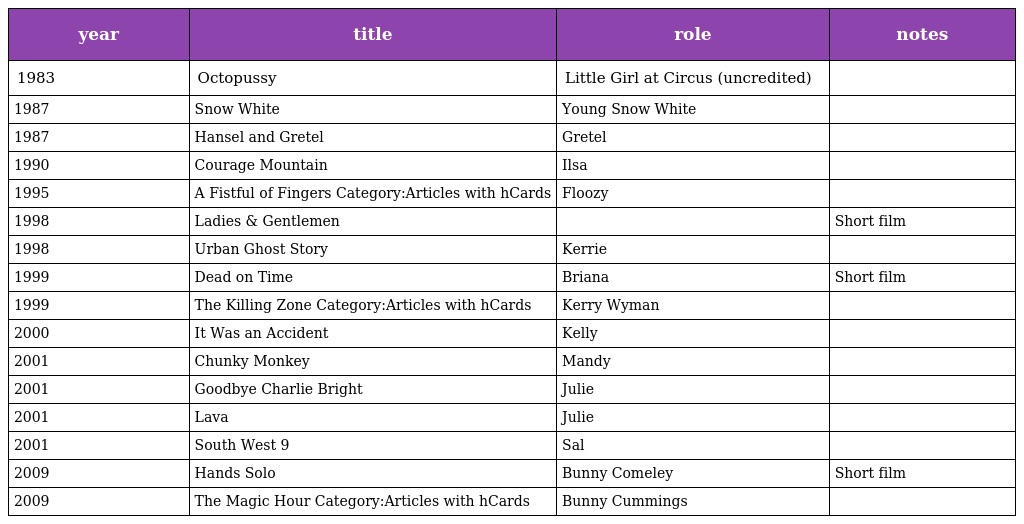
| year | title | role | notes |
 | --- | --- | --- | --- |
 | 1983 | Octopussy | Little Girl at Circus (uncredited) |  |
 | 1987 | Snow White | Young Snow White |  |
 | 1987 | Hansel and Gretel | Gretel |  |
 | 1990 | Courage Mountain | Ilsa |  |
 | 1995 | A Fistful of Fingers Category:Articles with hCards | Floozy |  |
 | 1998 | Ladies & Gentlemen |  | Short film |
 | 1998 | Urban Ghost Story | Kerrie |  |
 | 1999 | Dead on Time | Briana | Short film |
 | 1999 | The Killing Zone Category:Articles with hCards | Kerry Wyman |  |
 | 2000 | It Was an Accident | Kelly |  |
 | 2001 | Chunky Monkey | Mandy |  |
 | 2001 | Goodbye Charlie Bright | Julie |  |
 | 2001 | Lava | Julie |  |
 | 2001 | South West 9 | Sal |  |
 | 2009 | Hands Solo | Bunny Comeley | Short film |
 | 2009 | The Magic Hour Category:Articles with hCards | Bunny Cummings |  |